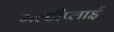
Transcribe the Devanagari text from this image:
मल्टीप्लाई